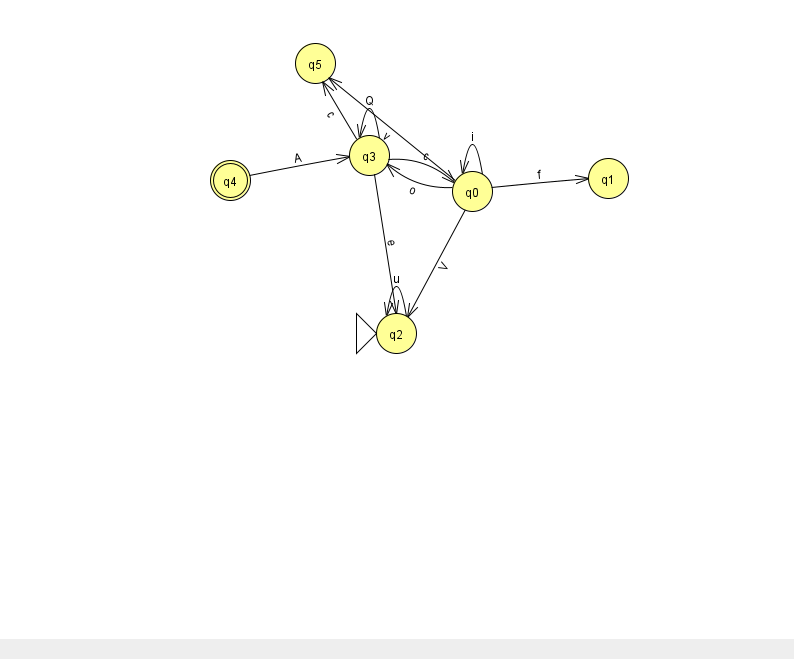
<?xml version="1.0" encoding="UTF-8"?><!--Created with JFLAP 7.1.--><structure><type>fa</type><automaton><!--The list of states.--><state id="0" name="q0"><x>472.0</x><y>178.0</y></state><state id="1" name="q1"><x>608.0</x><y>165.0</y></state><state id="2" name="q2"><x>396.0</x><y>320.0</y><initial/></state><state id="3" name="q3"><x>369.0</x><y>142.0</y></state><state id="4" name="q4"><x>230.0</x><y>167.0</y><final/></state><state id="5" name="q5"><x>315.0</x><y>50.0</y></state><!--The list of transitions.--><transition><from>3</from><to>3</to><read>Q</read></transition><transition><from>3</from><to>2</to><read>e</read></transition><transition><from>2</from><to>2</to><read>u</read></transition><transition><from>3</from><to>5</to><read>c</read></transition><transition><from>0</from><to>1</to><read>f</read></transition><transition><from>0</from><to>3</to><read>o</read></transition><transition><from>4</from><to>3</to><read>A</read></transition><transition><from>0</from><to>0</to><read>i</read></transition><transition><from>0</from><to>2</to><read>V</read></transition><transition><from>0</from><to>5</to><read>v</read></transition><transition><from>3</from><to>0</to><read>c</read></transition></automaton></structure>